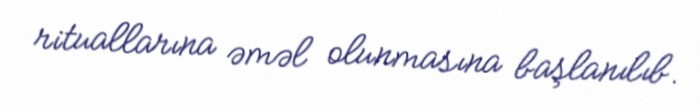
rituallarına əməl olunmasına başlanılıb.